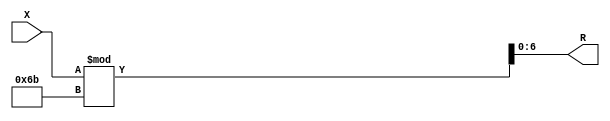
module x_400_mod_107_reg(
    input [400:1] X,
    output [7:1] R
    );


assign R = X % 107;

endmodule